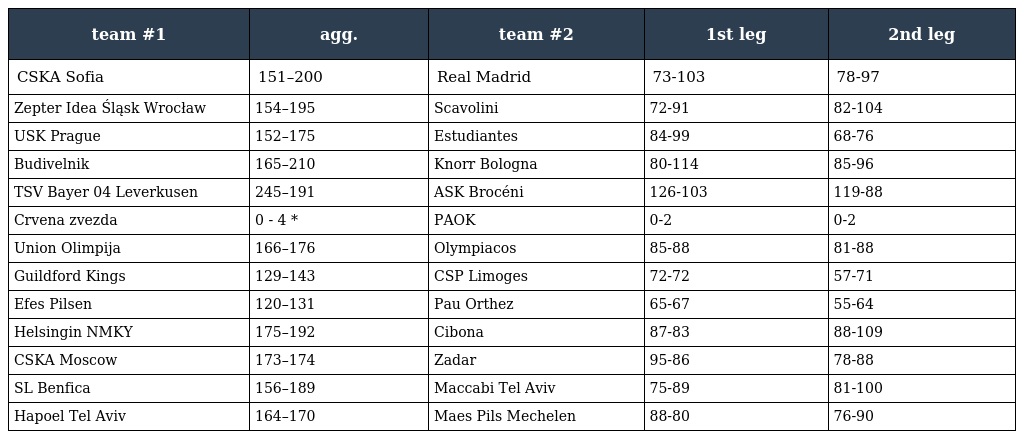
| team #1 | agg. | team #2 | 1st leg | 2nd leg |
 | --- | --- | --- | --- | --- |
 | CSKA Sofia | 151–200 | Real Madrid | 73-103 | 78-97 |
 | Zepter Idea Śląsk Wrocław | 154–195 | Scavolini | 72-91 | 82-104 |
 | USK Prague | 152–175 | Estudiantes | 84-99 | 68-76 |
 | Budivelnik | 165–210 | Knorr Bologna | 80-114 | 85-96 |
 | TSV Bayer 04 Leverkusen | 245–191 | ASK Brocéni | 126-103 | 119-88 |
 | Crvena zvezda | 0 - 4 * | PAOK | 0-2 | 0-2 |
 | Union Olimpija | 166–176 | Olympiacos | 85-88 | 81-88 |
 | Guildford Kings | 129–143 | CSP Limoges | 72-72 | 57-71 |
 | Efes Pilsen | 120–131 | Pau Orthez | 65-67 | 55-64 |
 | Helsingin NMKY | 175–192 | Cibona | 87-83 | 88-109 |
 | CSKA Moscow | 173–174 | Zadar | 95-86 | 78-88 |
 | SL Benfica | 156–189 | Maccabi Tel Aviv | 75-89 | 81-100 |
 | Hapoel Tel Aviv | 164–170 | Maes Pils Mechelen | 88-80 | 76-90 |